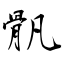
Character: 骪